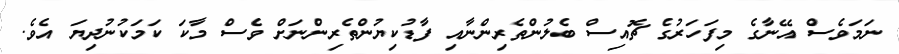
ނަމަވެސް އޭނާގެ މިފަހަރުގެ ޗޮއިސް ބެލުންތެރިންނާއި ފާޑުކިޔުންތެރިންނަށް ވެސް މާކަ ކަމަކުނުދިޔަ އެވެ.